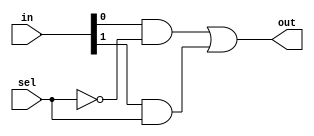
//mux2to1_version2.v
//structural gate model
module mux2to1 (
    in, 
    sel,
    out
);
    input [1 : 0] in;
    input sel;
    output out;

    wire t1, t2 , t3;

    not G1 (t1, sel);
    and G2 (t2, in[0], t1);
    and G3 (t3, in[1], sel);
    or G4 (out, t2, t3);

endmodule